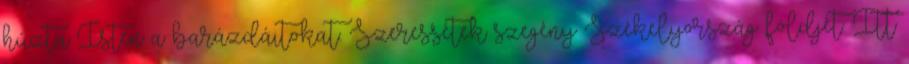
húzta Isten a barázdáitokat. Szeressétek szegény Székelyország földjét. Itt